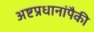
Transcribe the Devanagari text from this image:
अष्टप्रधानांपैकी